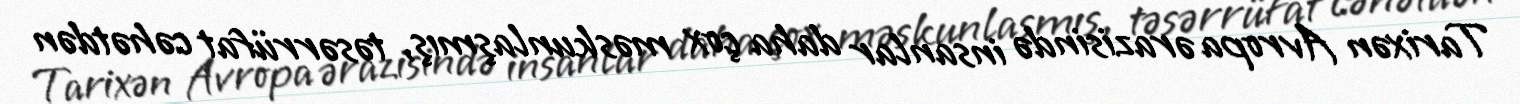
Tarixən Avropa ərazisində insanlar daha çox məskunlaşmış, təsərrüfat cəhətdən